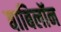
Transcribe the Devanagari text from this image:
बाबिलॉन